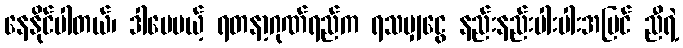
နေနိုင်ပါတယ်၊ ဒါပေမယ့် ရတနာ့ဂုဏ်ရည်က ရသမျှငွေ နည်းနည်းပါးပါးအပြင် ညီရဲ့